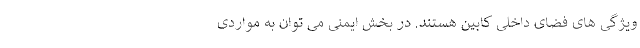
ویژگی های فضای داخلی کابین هستند. در بخش ایمنی می توان به مواردی